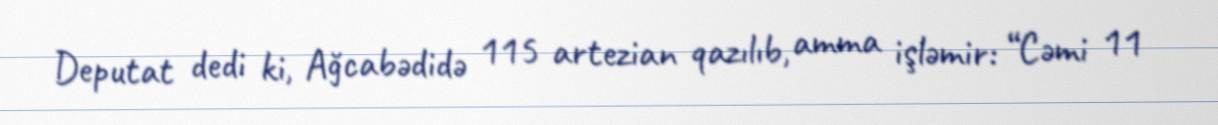
Deputat dedi ki, Ağcabədidə 115 artezian qazılıb, amma işləmir: “Cəmi 11